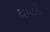
થયલી